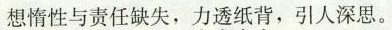
想惰性与责任缺失，力透纸背，引人深思。